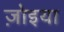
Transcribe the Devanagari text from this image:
ज़ोइया